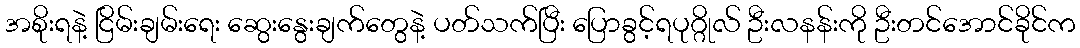
အစိုးရနဲ့ ငြိမ်းချမ်းရေး ဆွေးနွေးချက်တွေနဲ့ ပတ်သက်ပြီး ပြောခွင့်ရပုဂ္ဂိုလ် ဦးလနန်းကို ဦးတင်အောင်ခိုင်က